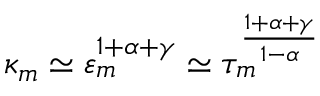
\kappa _ { m } \simeq \varepsilon _ { m } ^ { 1 + \alpha + \gamma } \simeq \tau _ { m } ^ { \frac { 1 + \alpha + \gamma } { 1 - \alpha } }